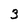
Character: 3